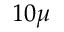
1 0 \mu